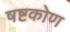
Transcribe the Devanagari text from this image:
षष्टकोण